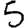
Digit: 5